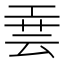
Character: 𫶮